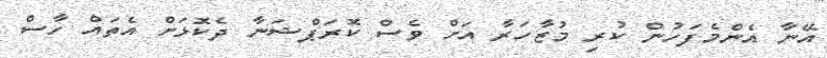
އޭނާ އެންމެފަހުން ކުރި މުޒާހަރާ އަށް ވެސް ކޮރަޕްޝަނާ ދެކޮޅަށް އެތައް ހާސް